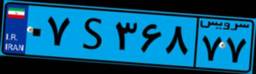
۵۵S۹۷۵۲۸